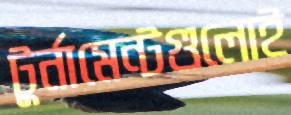
টুর্নামেন্টগুলোই